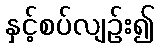
နှင့်စပ်လျဉ်း၍